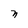
Character: n